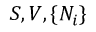
S , V , \{ N _ { i } \}